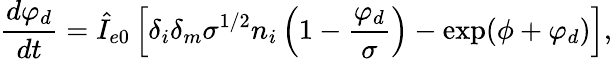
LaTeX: \frac{d\varphi_{d}}{dt}=\hat{I}_{e0}\left[\delta_{i}\delta_{m}\sigma^{1/2}n_{i}\left(1-\frac{\varphi_{d}}{\sigma}\right)-\exp(\phi+\varphi_{d})\right],